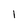
Character: l